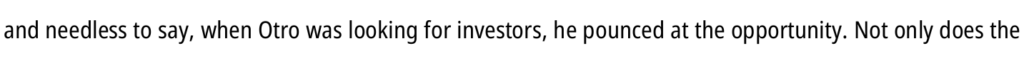
and needless to say, when Otro was looking for investors, he pounced at the opportunity. Not only does the